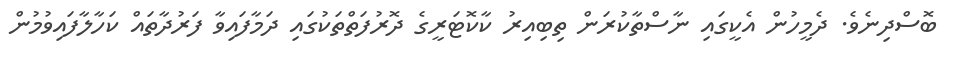
ބޮސްދިނެވެ. ދެމީހުން އެކީގައި ނާސްތާކުރަން ތިބިއިރު ކާކޮޓަރީގެ ދޮރުފަތްތަކުގައި ދަމާފައިވާ ފަރުދާތައް ކަހާލާފައިވުމުން